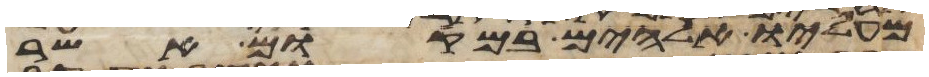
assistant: מעליו אלהים במקום אשר